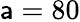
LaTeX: \mathsf{a}=80